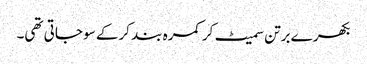
بکھرے برتن سمیٹ کر کمرہ بند کرکے سو جاتی تھی۔